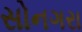
સોનગરા